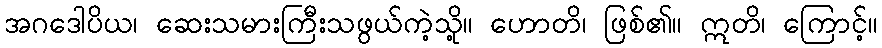
အဂဒေါပိယ၊ ဆေးသမားကြီးသဖွယ်ကဲ့သို့။ ဟောတိ၊ ဖြစ်၏။ ဣတိ၊ ကြောင့်။